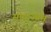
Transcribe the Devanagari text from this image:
सीदाज्यम्